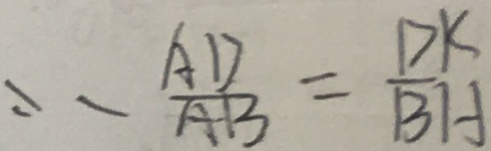
\therefore \frac { A D } { A B } = \frac { D K } { B H }